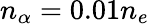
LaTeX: n_{\alpha}=0.01n_{e}